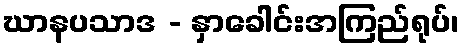
ဃာနပသာဒ - နှာခေါင်းအကြည်ရုပ်၊